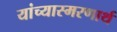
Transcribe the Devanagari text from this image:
यांच्यास्मरणार्थ